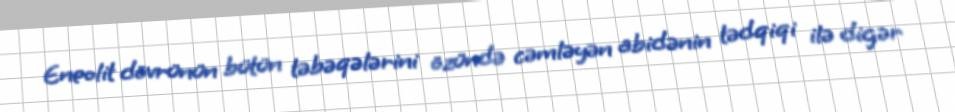
Eneolit dövrünün bütün təbəqələrini özündə cəmləyən abidənin tədqiqi ilə digər